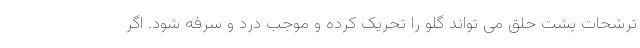
ترشحات پشت حلق می تواند گلو را تحریک کرده و موجب درد و سرفه شود. اگر